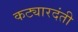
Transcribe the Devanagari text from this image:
कट्यारदंती